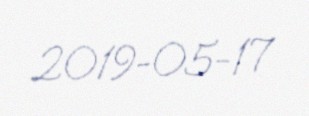
2019-05-17